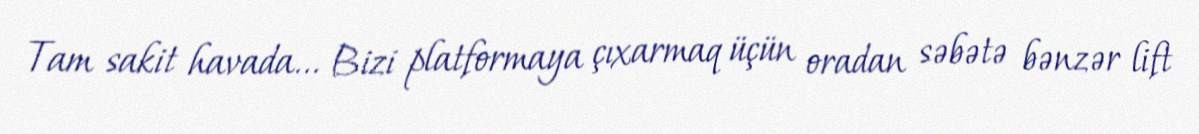
Tam sakit havada... Bizi platformaya çıxarmaq üçün oradan səbətə bənzər lift